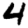
Digit: 4